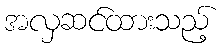
အလှဆင်ထားသည့်